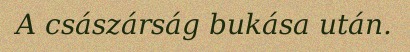
A császárság bukása után.